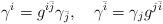
LaTeX: \begin{align*}\gamma^{i}=g^{i\bar{j}}\gamma_{\bar{j}},\quad\gamma^{\bar{i}}=\gamma_{j}g^{j\bar{i}}\end{align*}